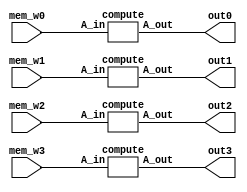

module computation_block(mem_w0,mem_w1,mem_w2,mem_w3,out0,out1,out2,out3);

input wire [28:0] mem_w0,mem_w1,mem_w2,mem_w3;
output wire [17:0] out0,out1,out2,out3;
compute comp0 (mem_w0,out0);
compute comp1 (mem_w1,out1);
compute comp2 (mem_w2,out2);
compute comp3 (mem_w3,out3);

endmodule


module compute(A_in,A_out);
//For A_in
//6:0--->W[j]
//13:7--->W[i]
//18:14--->index j
//23:19--->index i
//27:24---->W[i,j]
//28---->update

//For A_out
//6:0--->W[j]
//11:7--->index j
//16:12-->index i
//17---->update signal
input wire [28:0] A_in;
output reg[17:0] A_out;
wire [6:0] relaxation;
assign relaxation={3'b000,A_in[27:24]}+A_in[13:7];
always@(A_in,relaxation)
begin
	if (A_in[28]==1'b1)
		begin
		if (relaxation<A_in[6:0])
			begin
			A_out[6:0]=relaxation;
			A_out[17]=1'b1;
			end
		else
			begin
			A_out[6:0]=A_in[6:0];
			A_out[17]=1'b0;
			end
		end
	else
		   begin
			A_out[6:0]=A_in[6:0];
			A_out[17]=1'b0;
		   end
	
	A_out[11:7]=A_in[18:14];
	A_out[16:12]=A_in[23:19];
	end
endmodule
//Test bench of compute
`timescale 1 ns/1 ps
module tb_compute;
reg [28:0] TA_in;
wire [17:0] TA_out;
compute com(TA_in,TA_out);
initial 
begin
#20;
TA_in<=29'b10010110110010000110111001111;//result should be 111011001000011101
#20;
TA_in<=29'b00010110110010000110111001111;//result should be 011011001001001111
#20;
TA_in<=29'b10010110110010000110110001111;//result should be 011011001000001111
#20;
TA_in<=29'b00010110110010000110110001111;//result should be 011011001000001111
#20;

end
endmodule